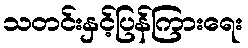
သတင်းနှင့်ပြန်ကြားရေး